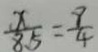
\frac { x } { 8 5 } = \frac { 9 } { 4 }